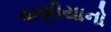
વાણીયાનો